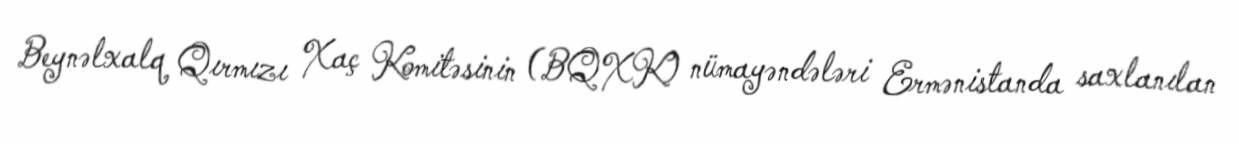
Beynəlxalq Qırmızı Xaç Komitəsinin (BQXK) nümayəndələri Ermənistanda saxlanılan